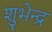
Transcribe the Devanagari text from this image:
शुभेन्द्र